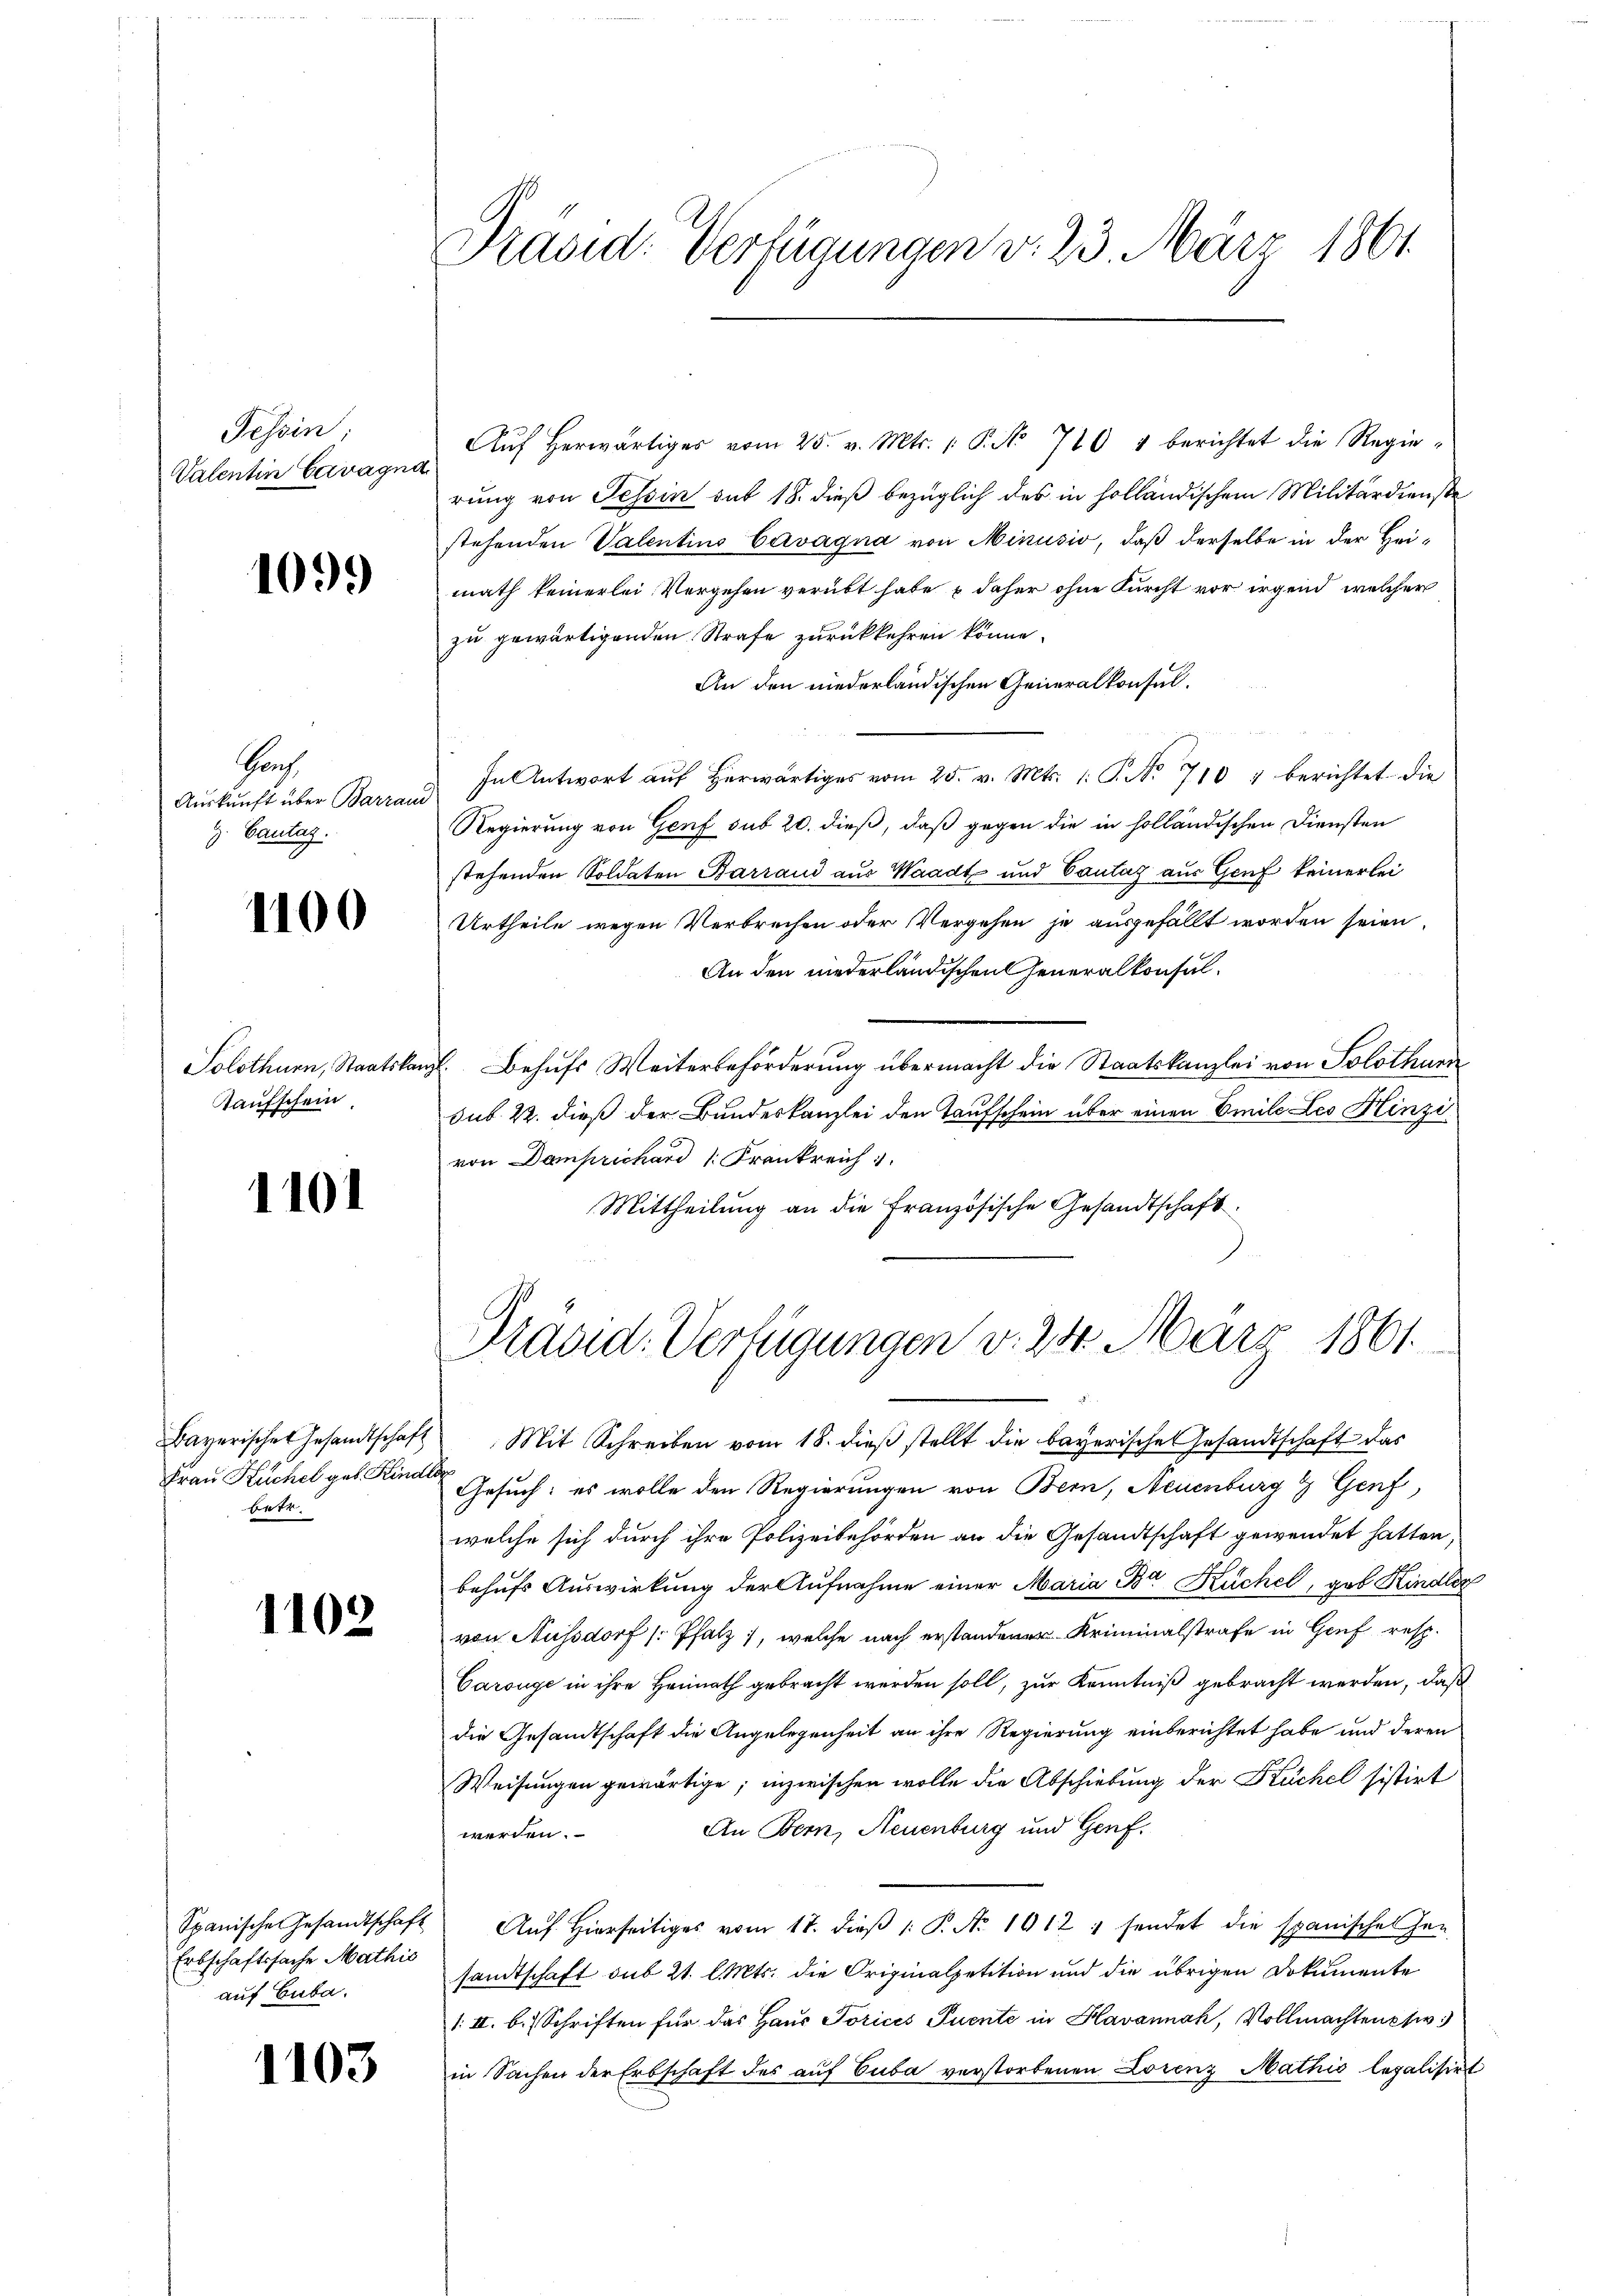
Tessin:
Valentin Cervagna

109.

Sach
Auskunft über Barrau
H. Cantag.

1100

Kaufschein

1101

Bayerisches Gesandtschaft
Frau Kuchel geb. Kindl
betr.

1102

Spanische Gesandtschaft
Erbschaftssache Mathis
auf Cuba.

1103

Präsid. Verfügungen v. 23. März 1861

Aŭf herwärtiges vom 25. v. Mts. 1 P. No 710 " berichtet die Regierung von Tessin sub 18. dieß bezüglich des in holländischem Militärdienste
stehenden Valentins Cavagna von Minusio, daß derselbe in der Hei-
math keinerlei Vergehen verübt habe & daher ohne Furcht vor irgend, welcher
zu gewärtigenden Strafe zurückkehren könne.
An den niederländischen Generalkonsul¬
In Antwort aŭf herwärtiges vom 25. v. Mts. 1. P. No 710 " berichtet die
d
Regierung von Genf sub 20. dieß, daß gegen die in holländischen Diensten
stehenden Soldaten Barrand aus Waadt und Cantas aus Genf keinerlei
Urtheile wegen Verbrechen oder Vergehen je ausgefällt worden seien.
An den niederländischen Generalkonsul¬
Solothurn, Staatskanzl. Behufs Weiterbeförderung übermacht die Staatskanzlei von Solothurn
sub. 22. dieß der Bundeskanzlei den Taufschein über einen Emile Leo Hinzivon Damprichard 1. Frankreich
Mittheilung an die Französische Gesandtschaft.

Präsid. Verfügungen v. 24. März 1861.

Mit Schreiben vom 18. dieß stellt die bayerische Gesandtschaft das
 Gesuch: es wolle den Regierungen von Bern, Neuenburg & Genf,
welche sich durch ihre Polizeibehörden an die Gesandtschaft gewendet hatten,
behufs Auswirkung der Aufnahme einer Maria Der Küchel, gab Kindler
von Aussdorf (Pfalz, welche nach erstandener Kriminalstrafe in Genf resp.
Carouge in ihre Hennath gebracht werden soll, zur Kenntniß gebracht werden, daß
die Gesandtschaft die Angelegenheit an ihre Regierung einberichtet habe und deren
Weisungen gewärtige; inzwischen wolle die Abschiebung der Küchel sistirt
An Bern, Neuenburg und Genf.
werden.
Auf Hierseitiges vom 17. dieß 1: P. No 1012 : sendet die spanischen Han
sandtschaft sub 21. l. Mts. die Originalpetition und die übrigen Dokumente
1. II. b. Schriften für das Haŭs Poricis Tuente in Havannah, Vollmachtensw
in Sachen der Erbschaft des aŭf Cuba verstorbenen Lorenz Mathis legalisirt